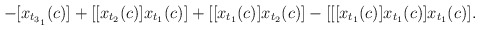
\begin{align*}-[x_{t_{3_1}}(c)]+[[x_{t_2}(c)]x_{t_1}(c)]+[[x_{t_1}(c)]x_{t_2}(c)]-[[[x_{t_1}(c)] x_{t_1}(c)] x_{t_1}(c)].\end{align*}